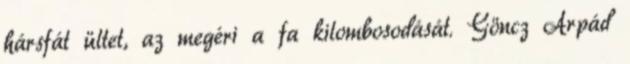
hársfát ültet, az megéri a fa kilombosodását. Göncz Árpád